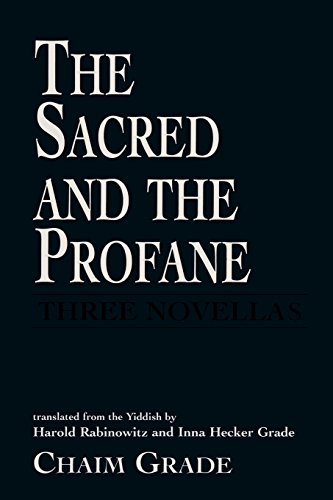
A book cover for The Sacred and the Profane; Chaim Grade; Religion & Spirituality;